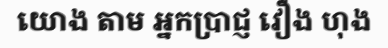
យោង តាម អ្នកប្រាជ្ញ វឿង ហុង